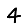
Digit: 4